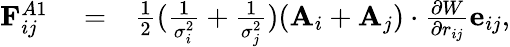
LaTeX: \begin{array}{rlr}{\mathbf{F}_{ij}^{A1}}&{{}=}&{\frac{1}{2}(\frac{1}{\sigma_{i}^{2}}+\frac{1}{\sigma_{j}^{2}})(\mathbf{A}_{i}+\mathbf{A}_{j})\cdot\frac{\partial{W}}{\partial{r_{ij}}}\mathbf{e}_{ij},}\end{array}